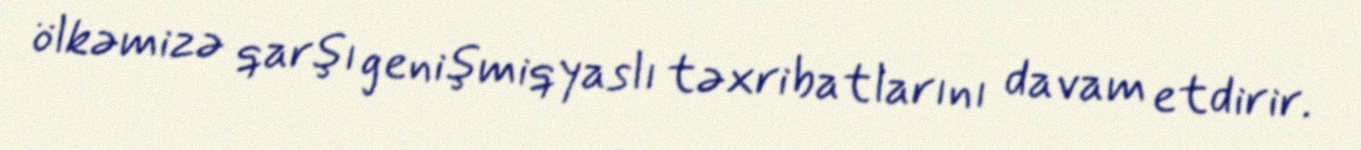
ölkəmizə qarşı genişmiqyaslı təxribatlarını davam etdirir.